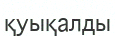
қуықалды